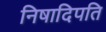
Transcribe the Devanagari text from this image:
निषादिपति